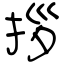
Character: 拶